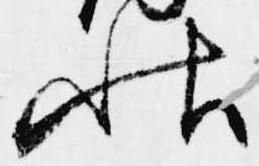
秋